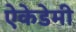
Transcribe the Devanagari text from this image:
ऐकेडेमी